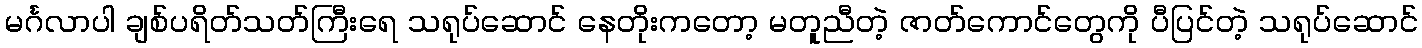
မင်္ဂလာပါ ချစ်ပရိတ်သတ်ကြီးရေ သရုပ်ဆောင် နေတိုးကတော့ မတူညီတဲ့ ဇာတ်ကောင်တွေကို ပီပြင်တဲ့ သရုပ်ဆောင်